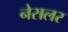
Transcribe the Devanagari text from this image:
नेसलर